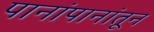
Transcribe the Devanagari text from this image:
पानांपानांतून